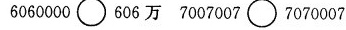
6060000\circ 606万 7007007\circ 7070007